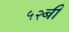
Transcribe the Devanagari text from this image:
५२बी